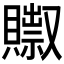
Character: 𰷗